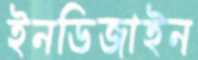
ইনডিজাইন